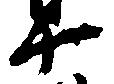
十